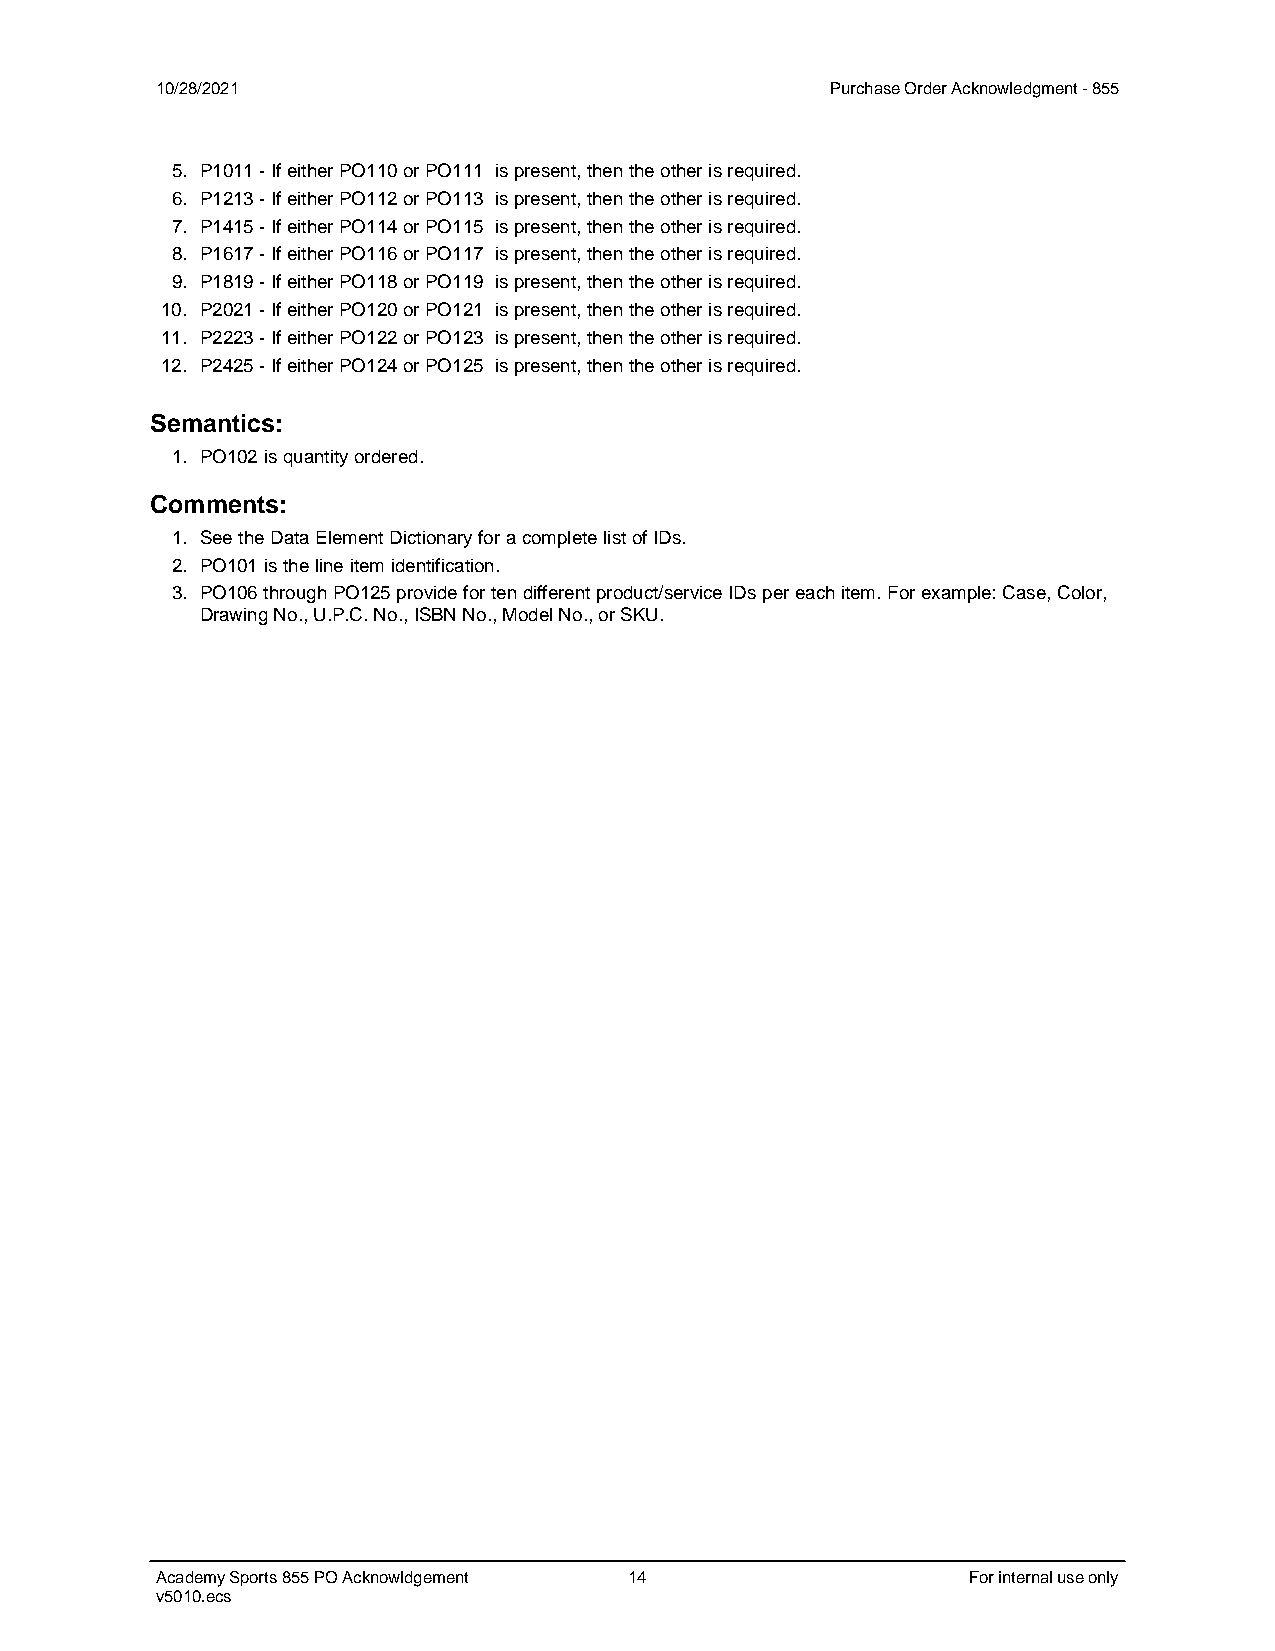
10/28/2021                                   Purchase Order Acknowledgment - 855
 5. P1011 - If either PO110 or PO111 is present, then the other is required.
 6. P1213 - If either PO112 or PO113 is present, then the other is required.
 7. P1415 - If either PO114 or PO115 is present, then the other is required.
 8. P1617 - If either PO116 or PO117 is present, then the other is required.
 9. P1819 - If either PO118 or PO119 is present, then the other is required.
 10. P2021 - If either PO120 or PO121 is present, then the other is required.
 11. P2223 - If either PO122 or PO123 is present, then the other is required.
 12. P2425 - If either PO124 or PO125 is present, then the other is required.
 Semantics:
 1. PO102 is quantity ordered.
 Comments:
 1. See the Data Element Dictionary for a complete list of IDs.
 2. PO101 is the line item identification.
 3. PO106 through PO125 provide for ten different product/service IDs per each item. For example: Case, Color,
 Drawing No., U.P.C. No., ISBN No., Model No., or SKU.
 Academy Sports 855 PO Acknowldgement 14               For internal use only
 v5010.ecs